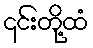
၎င်းတို့ထံ